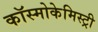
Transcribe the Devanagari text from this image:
कॉस्मोकेमिस्ट्री